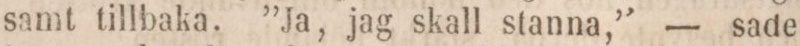
samt tillbaka. ”Ja, jag skall stanna,” — sade